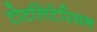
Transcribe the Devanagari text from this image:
टोटलिटेरियन